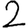
Digit: 2